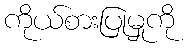
ကိုယ်စားပြုမှုကို